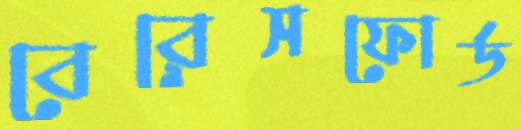
বেরেসফোর্ড